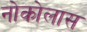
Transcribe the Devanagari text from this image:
नोकोलास